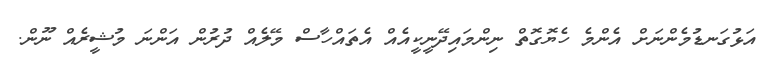
އަޅުގަނޑުމެންނަށް އެންމެ ހެޔޮގޮތް ނިންމައިދޭނީކީއެއް އެތައްހާސް މޭލެއް ދުރުން އަންނަ މުޝީރެއް ނޫން.